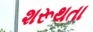
શરૂથતા